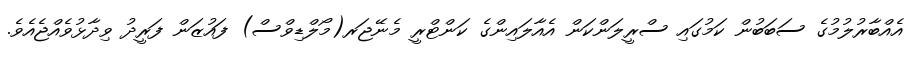
އެއްބާރުލުމުގެ ސަބަބުން ކަމުގައި ސްރީލަންކަން އެއާލައިންގެ ކަންޓްރީ މެނޭޖަރ(މޯލްޑިވްސް) ފައުޒަން ފަރީދު ވިދާޅުވެއްޖެއެވެ.